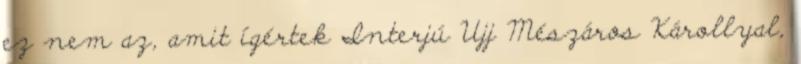
ez nem az, amit ígértek Interjú Ujj Mészáros Károllyal,